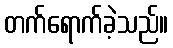
တက်ရောက်ခဲ့သည်။